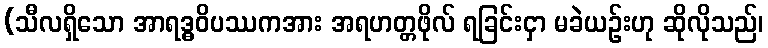
(သီလရှိသော အာရဒ္ဓဝိပဿကအား အရဟတ္တဖိုလ် ရခြင်းငှာ မခဲယဉ်းဟု ဆိုလိုသည်၊